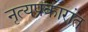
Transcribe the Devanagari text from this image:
नृत्यप्रकारांत